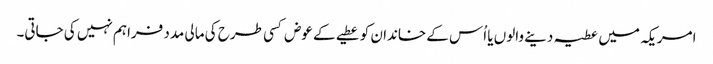
امریکہ میں عطیہ دینے والوں یا اُس کے خاندان کو عطیے کے عوض کسی طرح کی مالی مدد فراہم نہیں کی جاتی۔